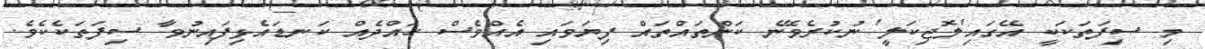
މި ސިފަތަކަކީ އޭގައި'ލޮޖިކަލީ' ނުކުރެވޭނެ ކަންތައްތައް ފިޔަވައި އެއްވެސް ހައްދެއް ކަނޑައެޅިފައިނުވާ ސިފަތަކެކެވެ.